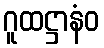
ဂူထဋ္ဌာနံဝ